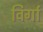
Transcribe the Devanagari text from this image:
विर्गा